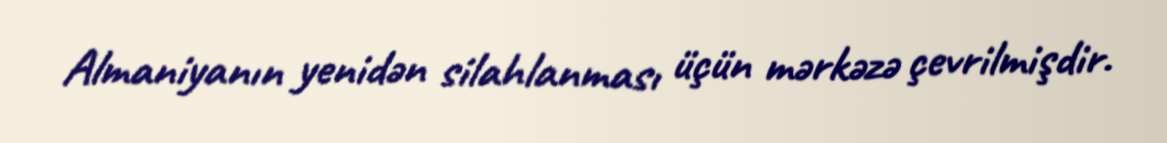
Almaniyanın yenidən silahlanması üçün mərkəzə çevrilmişdir.